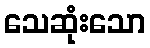
သေဆုံးသော